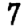
Digit: 7